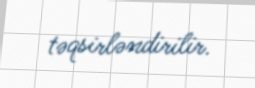
təqsirləndirilir.